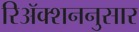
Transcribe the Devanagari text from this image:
रिॲक्शननुसार